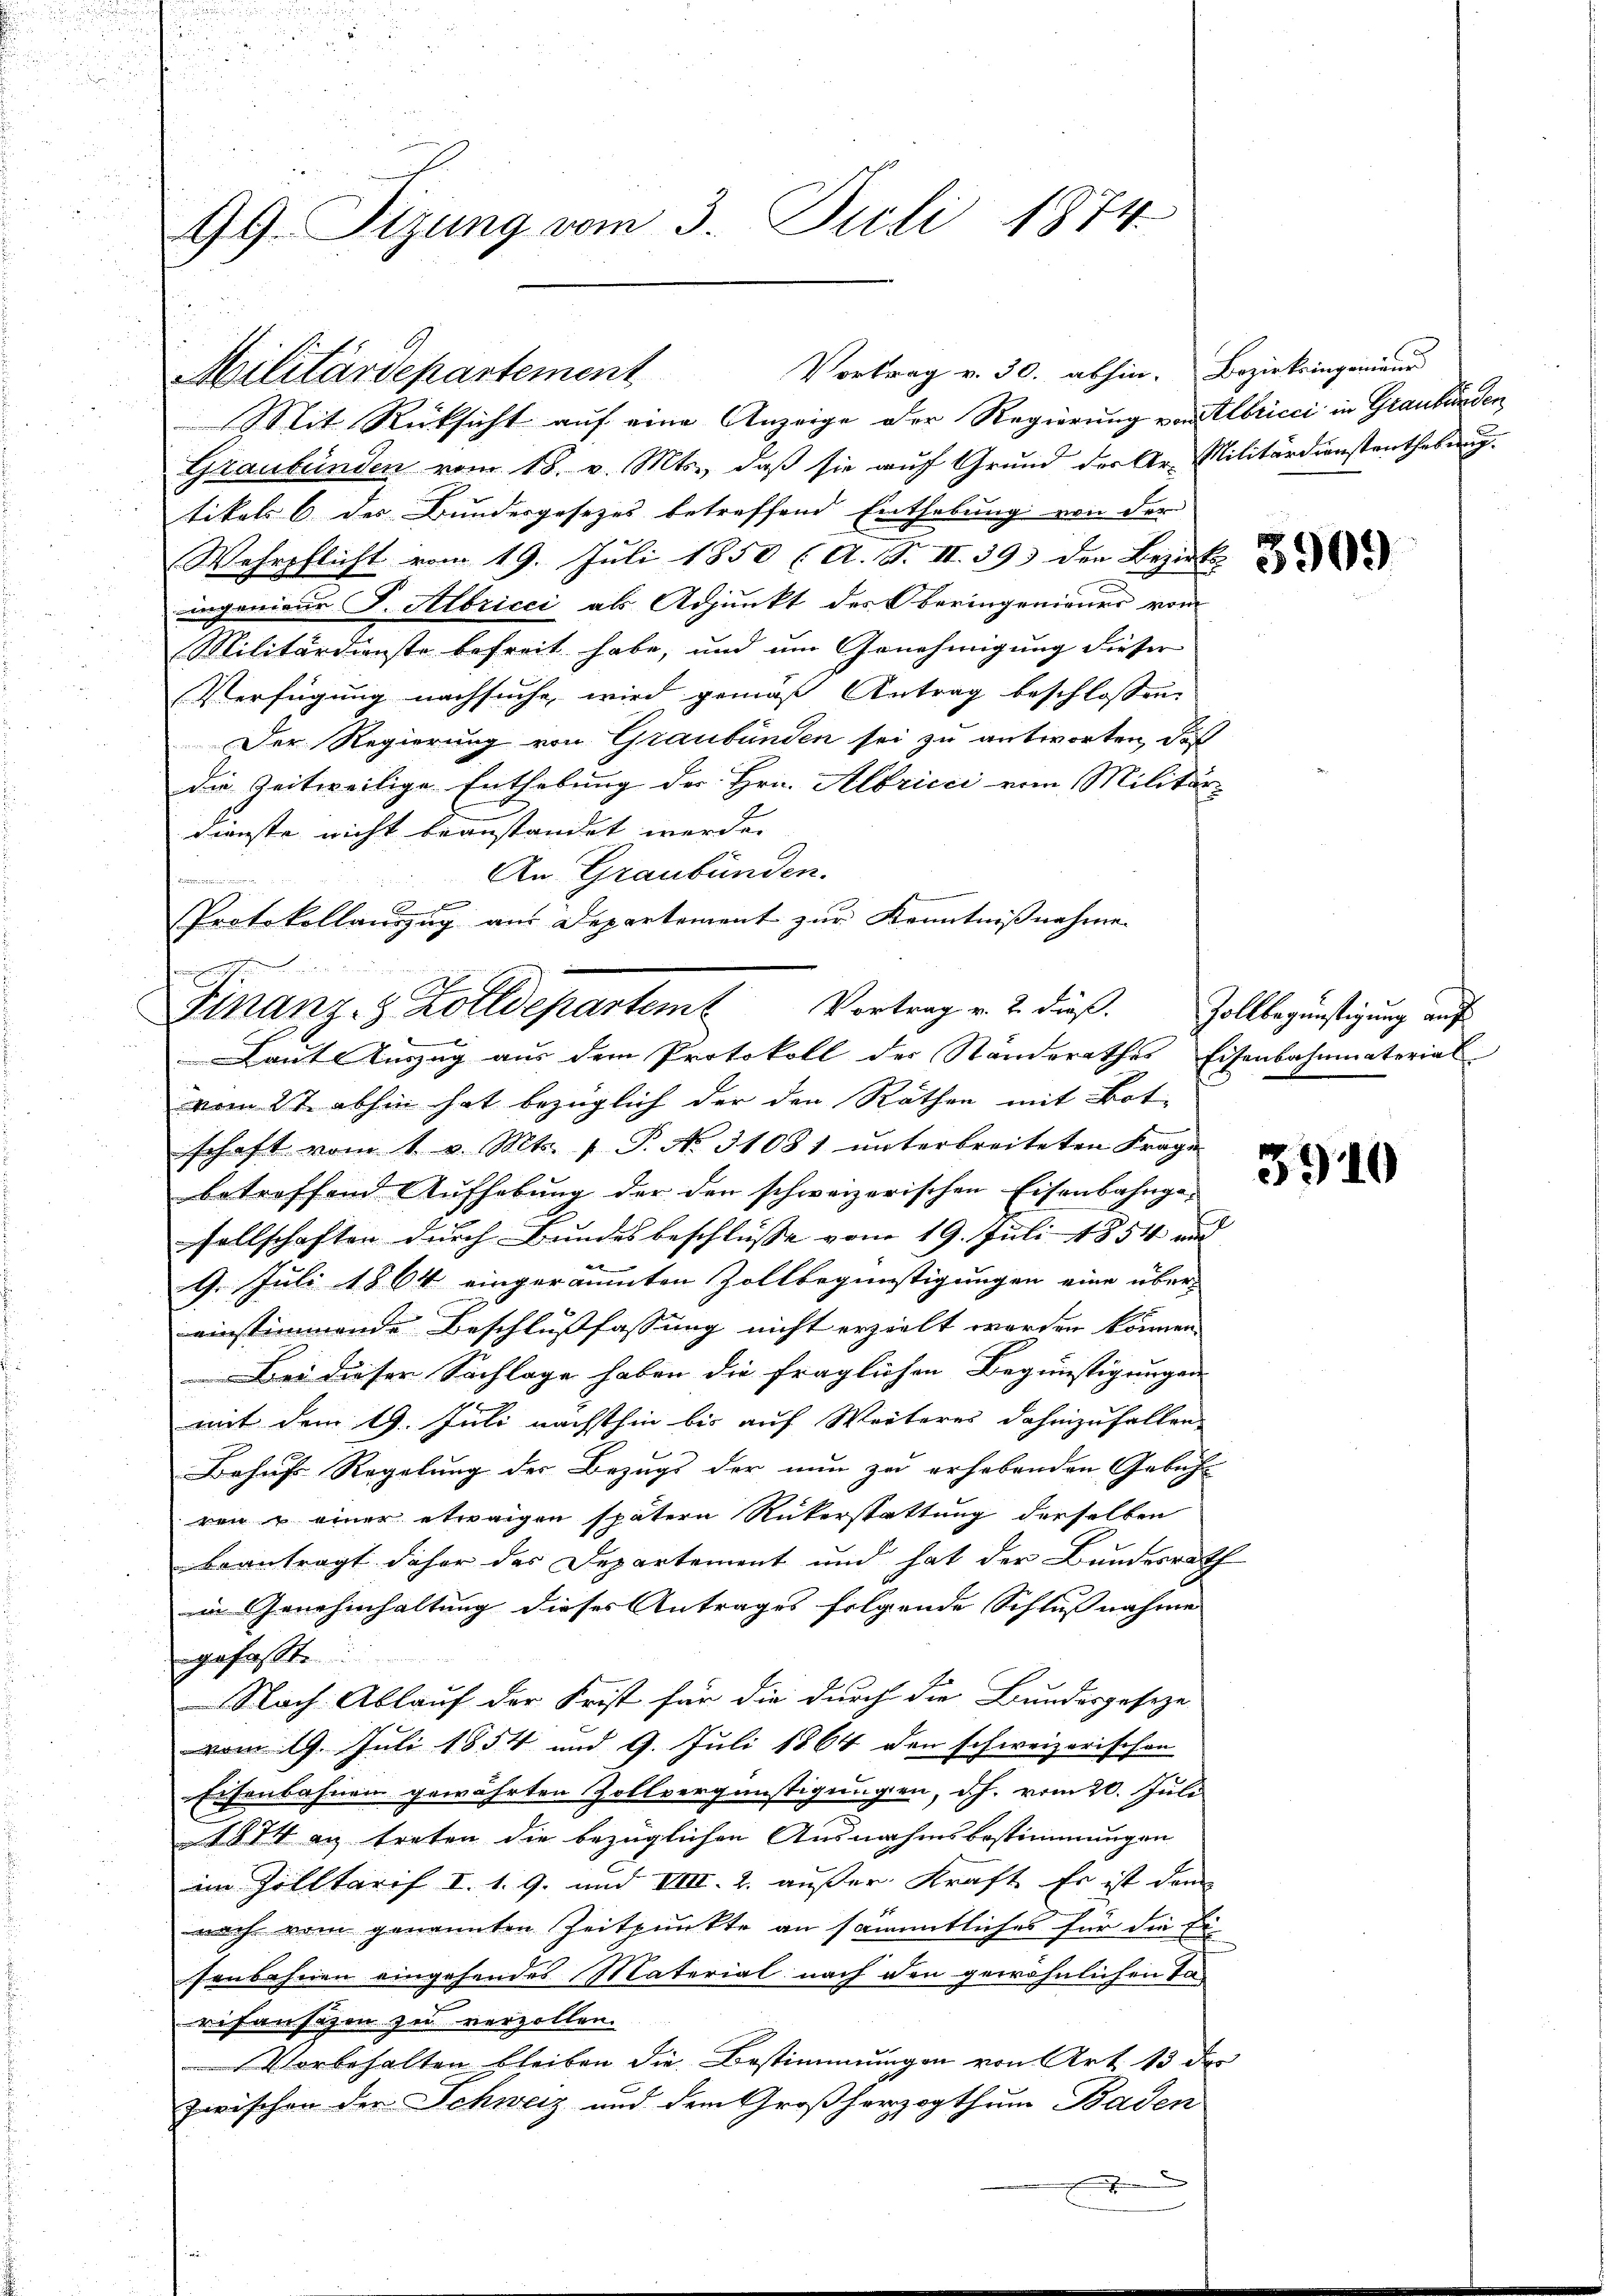
s

99. Sizung vom 3. Juli 1874.

Mit Rücksicht auf eine Anzeige der Regierung von Albricci in Graubünden
Graubünden vom 18. v. Mts., daß sie auf Grund der Ar-Militärdienstenthebung
tikels 6 des Bundergesetzes betreffend Enthebung von der
Wehrpflicht vom 19. Juli 1850 (A. S. II. 39 der Bezirks-
ingenieur J. Albricci als Adjunkt des Oberingenieurs vom
Militärdienste befreit habe, und um Genehmigung dieser
Verfügung nachsucht, wird gemäß Antrag beschlossen
Der Regierung von Graubünden sei zu antworten, daß
die Zeitweilige Enthebung der Hrn. Albricii vom Militär-
Dienste nicht beanstandet werde.
An Graubünden.
n
Protokollauszug aus Departement zur Kenntnißnahme
Lante Einzug aus dem Protokoll der Standerathes Eisenbahnmaterial
vom 27. abhin hat bezüglich der den Räthen mit Bot.
schaft vom 1. v. Mts. 1 P. No. 31081 unterbreiteten Frage
betreffend Aufhebung der den schweizerischen Eisenbahngesellschaften durch Bundesbeschlüsse vom 19. Juli 1854 und
9. Juli 1864 eingeräumten Zollbegünstigungen eine über-
einstimmende Beschlußfassung nicht erzielt worden können.
Bei dieser Sachlage haben die fraglichen Begünstigungen
mit dem 9. Juli nächsthin bis auf Weiteres dahinzufallen,
Behufs Regelung der Bezugs der nun zu erhebenden Gebüh-
ren einer etwaigen spätern Rükerstattung derselben
beantragt daher des Departement und hat der Bundesrath
in Genehmhaltung dieses Antrages folgende Schlussnahme |
gefasste
Nach Ablauf der Frist für die durch die Bundesgeseze
vom 19. Juli 1854 und 9. Juli 1864 den schweizerischen
Eisenbahnen gewährten Zollvergünstigungen, d. J. vom 20. Juli
1874 an treten die bezüglichen Ausnahmsbestimmungen
im Zolltarif I. 1. 9. und VIII. 2. außer Kraft. Er ist dem
nach vom genannten Zeitpunkte an sämmtliches für die Ei
senbahnen eingehendes Material nach den gewöhnlichen Tarisanschen zu verzollen.
Vorbehalten bleiben die Bestimmungen von Art. 13 des
zwischen der Schweiz und dem Großherzogthum Baden
.
E

Militärdepartement

Vortrag v. 30. abhin. Bezirksingenieur

x
Finanz-8 Zolldepartem Vortrag v. 2. dieß. Zollbegünstigung auf

3909

3910